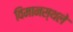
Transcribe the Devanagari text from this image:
विमानस्थले